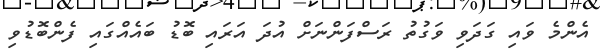
އެންމެ ވައި ގަދަވި ވަގުތު ރަސްފަންނަށް އުދަ އަރައި ބޮޑު ބައެއްގައި ފެންބޮޑުވި